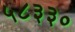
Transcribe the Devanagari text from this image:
५८३३०